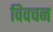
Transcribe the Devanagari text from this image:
विवचन